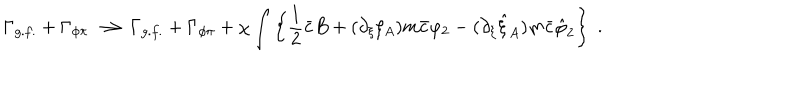
\Gamma _ { g . f . } + \Gamma _ { \phi \pi } \longrightarrow \Gamma _ { g . f . } + \Gamma _ { \phi \pi } + \chi \int \left\{ \frac 1 2 \bar { c } B + ( \partial _ { \xi } \xi _ { A } ) m \bar { c } \varphi _ { 2 } - ( \partial _ { \xi } \hat { \xi } _ { A } ) m \bar { c } \hat { \varphi } _ { 2 } \right\} \; .